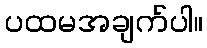
ပထမအချက်ပါ။